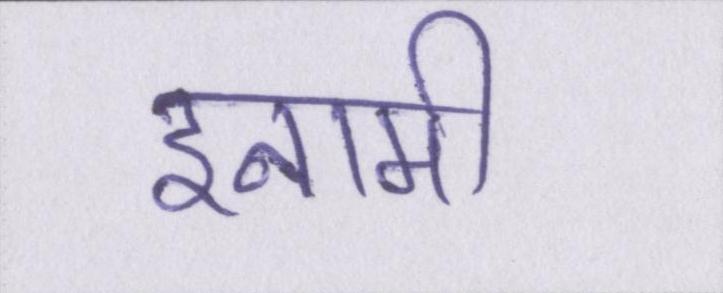
इनामी